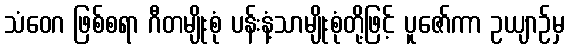
သံဝေဂ ဖြစ်စရာ ဂီတမျိုးစုံ ပန်းနံ့သာမျိုးစုံတို့ဖြင့် ပူဇော်ကာ ဥယျာဉ်မှ